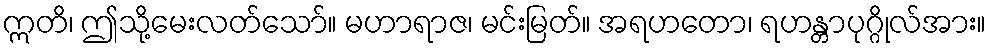
ဣတိ၊ ဤသို့မေးလတ်သော်။ မဟာရာဇ၊ မင်းမြတ်။ အရဟတော၊ ရဟန္တာပုဂ္ဂိုလ်အား။